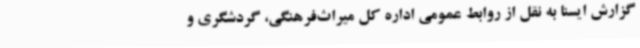
گزارش ایسنا به نقل از روابط عمومی اداره کل میراث‌فرهنگی، گردشگری و